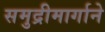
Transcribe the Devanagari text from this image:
समुद्रीमार्गाने